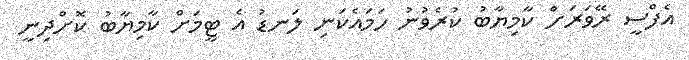
އެފްސީ ރޭވަރަށް ކާމިޔާބު ކުރެވުނު ހަމައެކަނި ލަނޑު އެ ޓީމަށް ކާމިޔާބު ކޮށްދިނީ